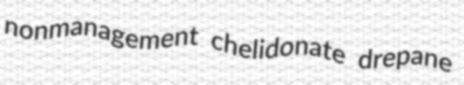
nonmanagement chelidonate drepane